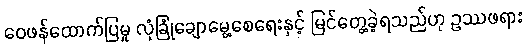
ဝေဖန်ထောက်ပြမှု လုံခြုံချောမွေ့စေရေးနှင့် မြင်တွေ့ခဲ့ရသည်ဟု ဥဿဖရား